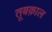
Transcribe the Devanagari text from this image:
तूबक़ाल